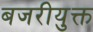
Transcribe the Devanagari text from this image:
बजरीयुक्त